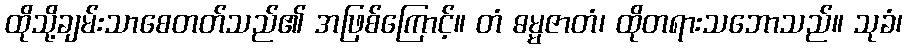
ထိုသို့ချမ်းသာစေတတ်သည်၏ အဖြစ်ကြောင့်။ တံ ဓမ္မဇာတံ၊ ထိုတရားသဘောသည်။ သုခံ၊